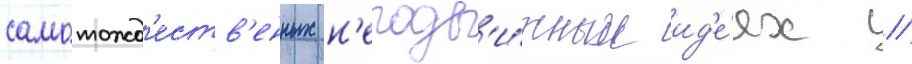
самотожд'еств'енных н'еподв'и́жных ид'е́ях //